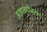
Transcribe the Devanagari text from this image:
अज्ञातयौवना।